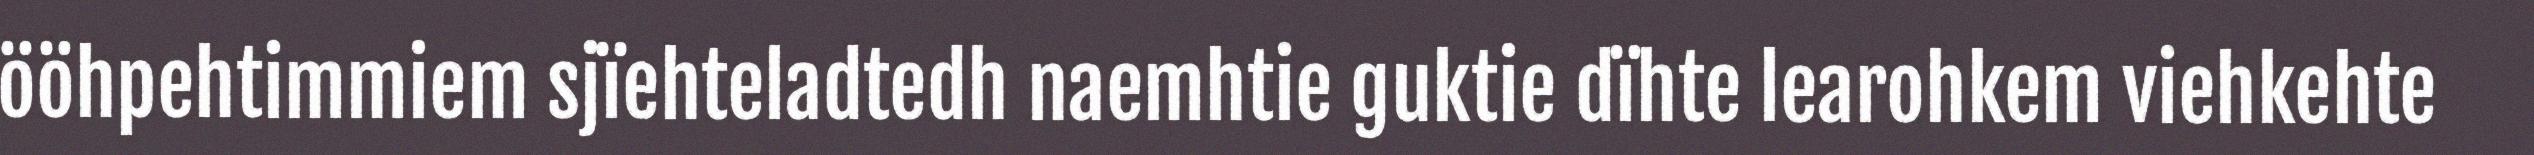
ööhpehtimmiem sjïehteladtedh naemhtie guktie dïhte learohkem viehkehte